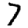
Digit: 7